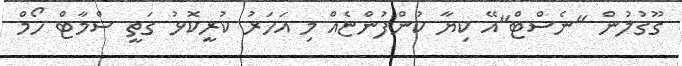
ގޫގުލުން "ނެސްޓް"އޭ ކިޔާ ކުންފުންޏެއް މި އަހަރު ކުރީކޮޅު ގަތީ ސްމާޓް ހޯމް